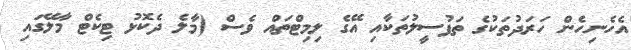
އެހެނިހެން ހަރަދުތަކުގެ ތަފުސީލުތަކާއި އޭގެ ލިމިޓްތައް ވެސް (މާލެ ދެކޮޅު ޓިކެޓް މާލޭގައި